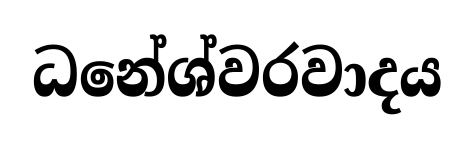
ධනේශ්වරවාදය